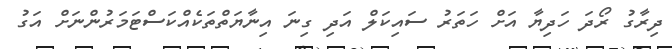
ދިރާގު ރޯދަ ހަދިޔާ އަށް ހަތަރު ސައިކަލް އަދި ގިނަ އިނާޔަތްތަކެއްކަސްޓަމަރުންނަށް އަގު